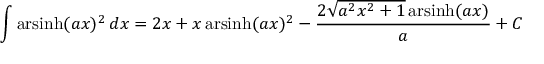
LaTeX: \int \operatorname { a r s i n h } ( a x ) ^ { 2 } \, d x = 2 x + x \operatorname { a r s i n h } ( a x ) ^ { 2 } - { \frac { 2 { \sqrt { a ^ { 2 } x ^ { 2 } + 1 } } \operatorname { a r s i n h } ( a x ) } { a } } + C